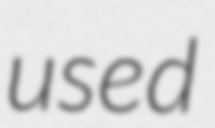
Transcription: used